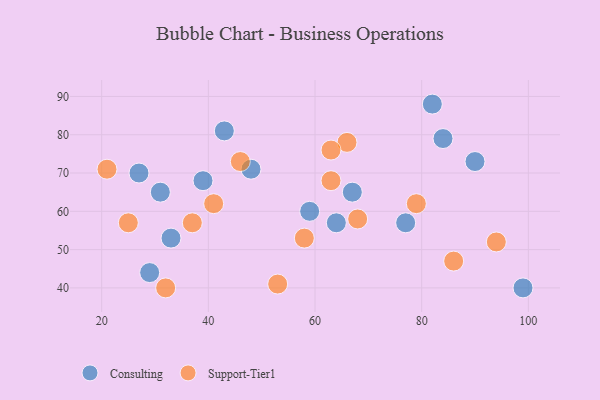
{"axis": {"x": "GDP", "y": "Life Expectancy"}, "legend": ["Consulting", "Support-Tier1"], "data": [{"x": "90", "y": 73, "type": "Consulting"}, {"x": "29", "y": 44, "type": "Consulting"}, {"x": "64", "y": 57, "type": "Consulting"}, {"x": "67", "y": 65, "type": "Consulting"}, {"x": "39", "y": 68, "type": "Consulting"}, {"x": "27", "y": 70, "type": "Consulting"}, {"x": "84", "y": 79, "type": "Consulting"}, {"x": "33", "y": 53, "type": "Consulting"}, {"x": "31", "y": 65, "type": "Consulting"}, {"x": "48", "y": 71, "type": "Consulting"}, {"x": "82", "y": 88, "type": "Consulting"}, {"x": "99", "y": 40, "type": "Consulting"}, {"x": "59", "y": 60, "type": "Consulting"}, {"x": "43", "y": 81, "type": "Consulting"}, {"x": "77", "y": 57, "type": "Consulting"}, {"x": "86", "y": 47, "type": "Support-Tier1"}, {"x": "66", "y": 78, "type": "Support-Tier1"}, {"x": "37", "y": 57, "type": "Support-Tier1"}, {"x": "41", "y": 62, "type": "Support-Tier1"}, {"x": "21", "y": 71, "type": "Support-Tier1"}, {"x": "53", "y": 41, "type": "Support-Tier1"}, {"x": "63", "y": 76, "type": "Support-Tier1"}, {"x": "58", "y": 53, "type": "Support-Tier1"}, {"x": "46", "y": 73, "type": "Support-Tier1"}, {"x": "79", "y": 62, "type": "Support-Tier1"}, {"x": "94", "y": 52, "type": "Support-Tier1"}, {"x": "68", "y": 58, "type": "Support-Tier1"}, {"x": "63", "y": 68, "type": "Support-Tier1"}, {"x": "25", "y": 57, "type": "Support-Tier1"}, {"x": "32", "y": 40, "type": "Support-Tier1"}]}